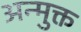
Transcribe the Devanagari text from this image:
अन्मुक्त